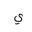
Letter: _ya